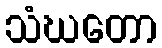
သံဃတော